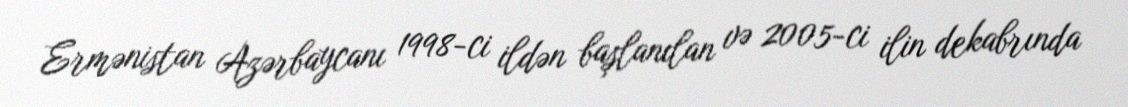
Ermənistan Azərbaycanı 1998-ci ildən başlanılan və 2005-ci ilin dekabrında